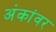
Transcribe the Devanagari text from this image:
अंकांवर